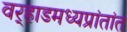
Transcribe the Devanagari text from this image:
वर्‍हाडमध्यप्रांतांत